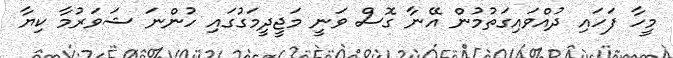
މީހާ ފަހައި ދުއްވައިގަތުމުން އޭނާ ގޮސް ވަނީ މަޖީދީމަގުގައި ހުންނަ ޝަވަރުމާ ކިޔާ